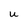
Character: U